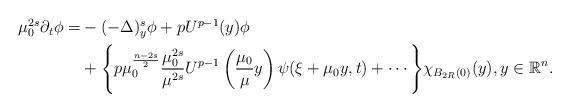
LaTeX: \begin{align*}\begin{aligned}\mu_{0}^{2s}\partial_t\phi = &-(-\Delta)^s_y\phi + pU^{p-1}(y)\phi\\ &+ \Bigg\{p\mu_{0}^{\frac{n-2s}{2}}\frac{\mu_{0}^{2s}}{\mu^{2s}}U^{p-1}\left(\frac{\mu_{0}}{\mu}y\right)\psi(\xi + \mu_{0}y, t)+\cdots \Bigg\}\chi_{B_{2R}(0)}(y), y\in \mathbb{R}^n.\end{aligned}\end{align*}